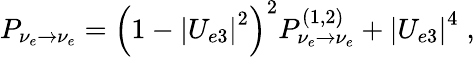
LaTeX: P_{\nu_{e}\to\nu_{e}}=\left(1-\left|U_{e3}\right|^{2}\right)^{2}P_{\nu_{e}\to\nu_{e}}^{(1,2)}+\left|U_{e3}\right|^{4}\; ,